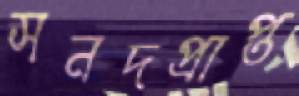
সনদপ্রাপ্ত